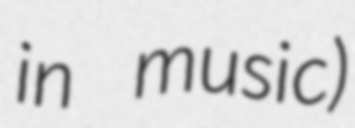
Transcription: in music)